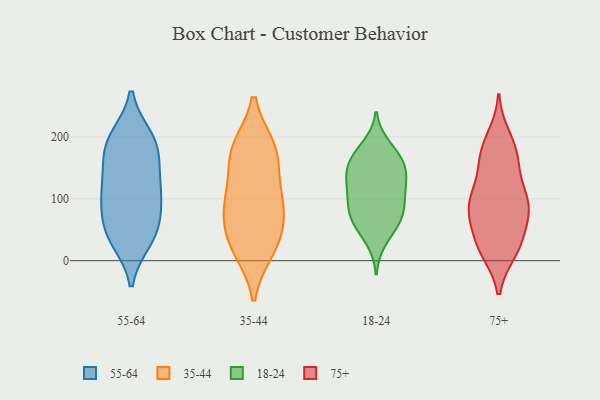
{"axis": {"x": "Backlog", "y": "Value"}, "legend": ["18-24", "35-44", "55-64", "75+"], "data": [{"x": "", "y": 193, "type": "55-64"}, {"x": "", "y": 123, "type": "55-64"}, {"x": "", "y": 102, "type": "55-64"}, {"x": "", "y": 53, "type": "55-64"}, {"x": "", "y": 93, "type": "55-64"}, {"x": "", "y": 93, "type": "55-64"}, {"x": "", "y": 132, "type": "55-64"}, {"x": "", "y": 40, "type": "55-64"}, {"x": "", "y": 45, "type": "55-64"}, {"x": "", "y": 155, "type": "55-64"}, {"x": "", "y": 198, "type": "55-64"}, {"x": "", "y": 190, "type": "55-64"}, {"x": "", "y": 183, "type": "55-64"}, {"x": "", "y": 34, "type": "55-64"}, {"x": "", "y": 182, "type": "35-44"}, {"x": "", "y": 181, "type": "35-44"}, {"x": "", "y": 183, "type": "35-44"}, {"x": "", "y": 156, "type": "35-44"}, {"x": "", "y": 24, "type": "35-44"}, {"x": "", "y": 115, "type": "35-44"}, {"x": "", "y": 99, "type": "35-44"}, {"x": "", "y": 62, "type": "35-44"}, {"x": "", "y": 17, "type": "35-44"}, {"x": "", "y": 78, "type": "35-44"}, {"x": "", "y": 27, "type": "35-44"}, {"x": "", "y": 86, "type": "35-44"}, {"x": "", "y": 126, "type": "18-24"}, {"x": "", "y": 167, "type": "18-24"}, {"x": "", "y": 32, "type": "18-24"}, {"x": "", "y": 124, "type": "18-24"}, {"x": "", "y": 156, "type": "18-24"}, {"x": "", "y": 98, "type": "18-24"}, {"x": "", "y": 57, "type": "18-24"}, {"x": "", "y": 70, "type": "18-24"}, {"x": "", "y": 90, "type": "18-24"}, {"x": "", "y": 153, "type": "18-24"}, {"x": "", "y": 186, "type": "18-24"}, {"x": "", "y": 88, "type": "18-24"}, {"x": "", "y": 175, "type": "18-24"}, {"x": "", "y": 58, "type": "18-24"}, {"x": "", "y": 149, "type": "18-24"}, {"x": "", "y": 134, "type": "18-24"}, {"x": "", "y": 73, "type": "18-24"}, {"x": "", "y": 116, "type": "18-24"}, {"x": "", "y": 15, "type": "75+"}, {"x": "", "y": 16, "type": "75+"}, {"x": "", "y": 186, "type": "75+"}, {"x": "", "y": 102, "type": "75+"}, {"x": "", "y": 177, "type": "75+"}, {"x": "", "y": 160, "type": "75+"}, {"x": "", "y": 108, "type": "75+"}, {"x": "", "y": 72, "type": "75+"}, {"x": "", "y": 97, "type": "75+"}, {"x": "", "y": 147, "type": "75+"}, {"x": "", "y": 82, "type": "75+"}, {"x": "", "y": 28, "type": "75+"}, {"x": "", "y": 92, "type": "75+"}, {"x": "", "y": 162, "type": "75+"}, {"x": "", "y": 94, "type": "75+"}, {"x": "", "y": 82, "type": "75+"}, {"x": "", "y": 20, "type": "75+"}, {"x": "", "y": 56, "type": "75+"}, {"x": "", "y": 200, "type": "75+"}, {"x": "", "y": 32, "type": "75+"}]}